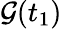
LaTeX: \mathcal{G}(t_{1})